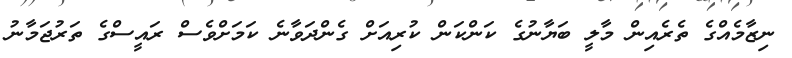
ނިޒާމެއްގެ ތެރެއިން މާލީ ބަޔާނުގެ ކަންކަން ކުރިއަށް ގެންދަވާނެ ކަމަށްވެސް ރައީސްގެ ތަރުޖަމާނު